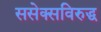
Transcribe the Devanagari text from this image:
ससेक्सविरुद्ध